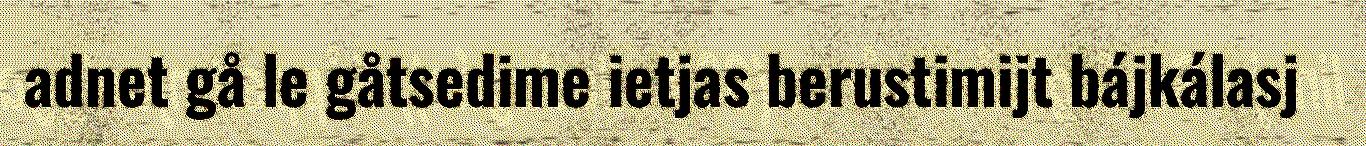
adnet gå le gåtsedime ietjas berustimijt bájkálasj